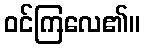
ဝင်ကြလေ၏။